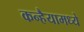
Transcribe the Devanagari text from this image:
कन्हैयामध्ये